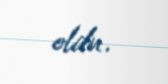
oldu.